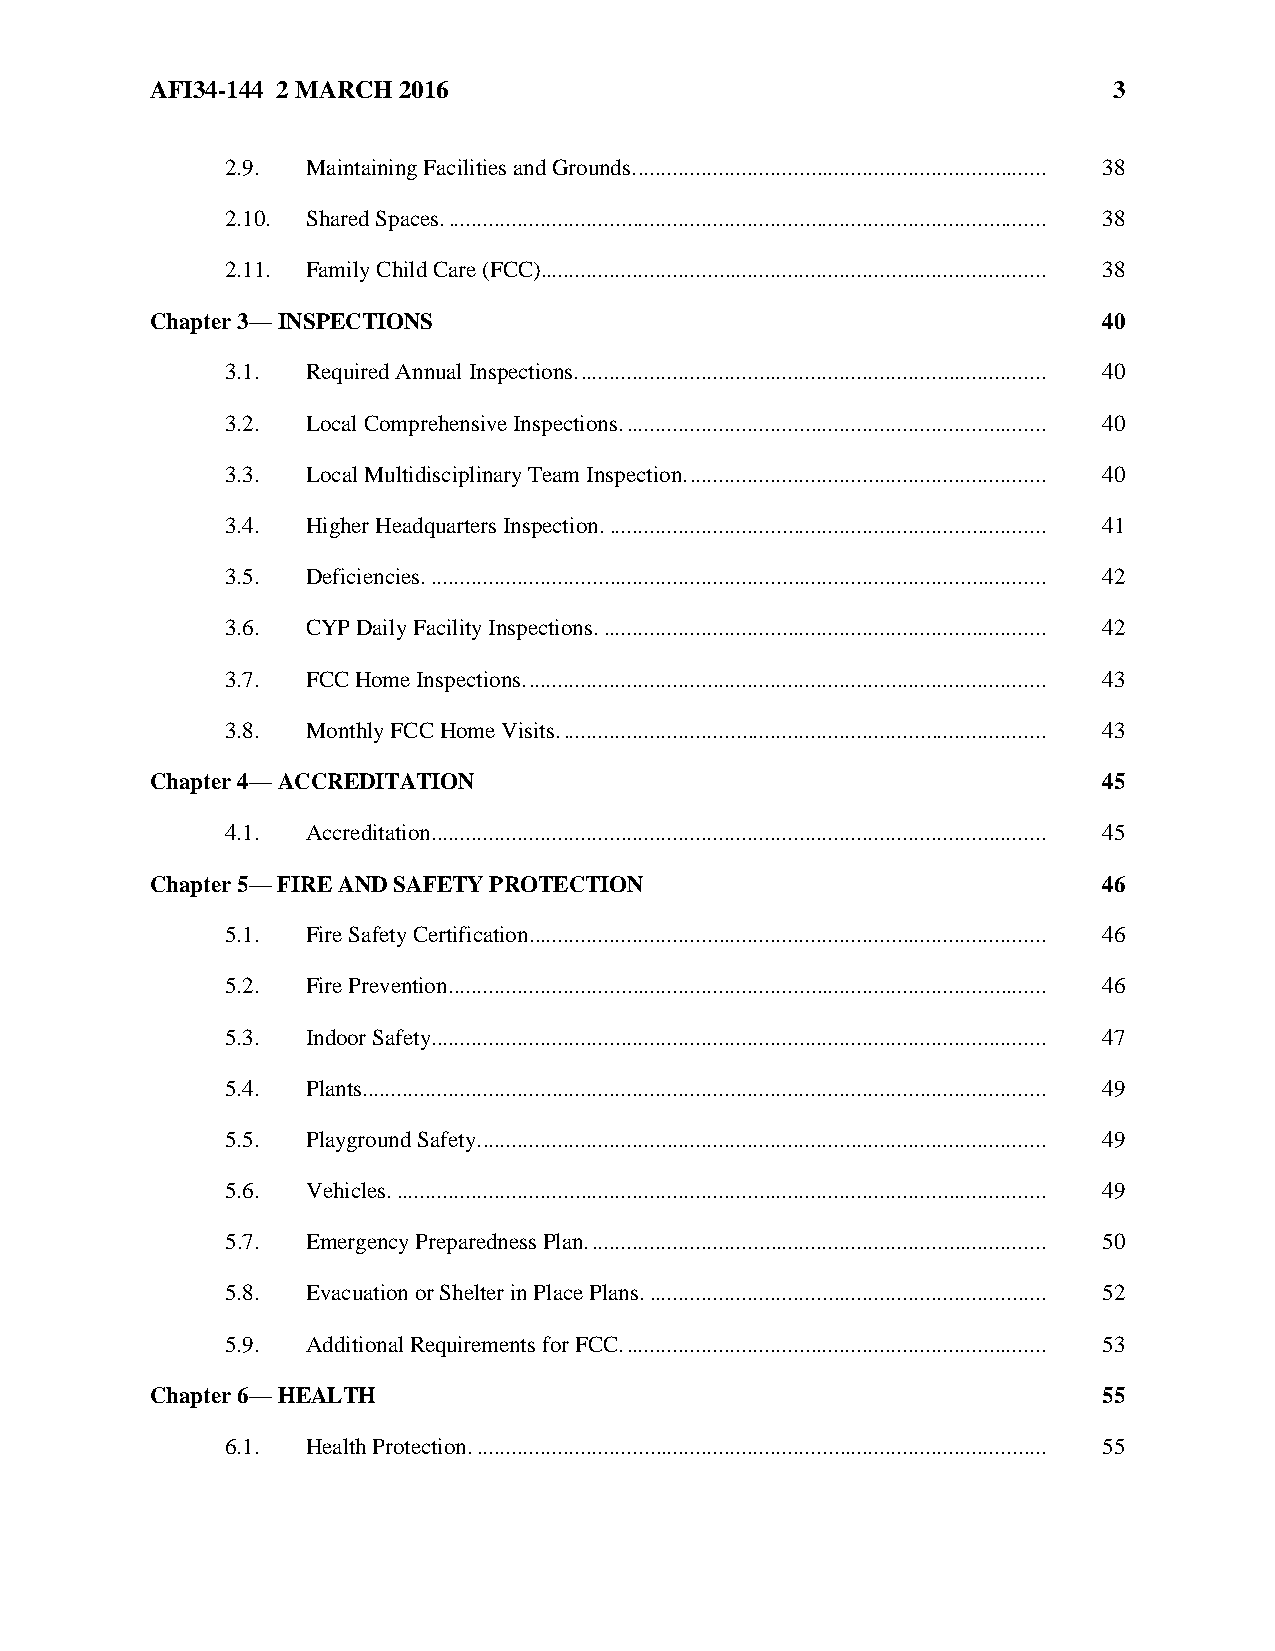
AFI34-144 2 MARCH 2016                                          3
 2.9. Maintaining Facilities and Grounds. ....................................................................... 38
 2.10. Shared Spaces. ........................................................................................................ 38
 2.11. Family Child Care (FCC)........................................................................................ 38
 Chapter 3— INSPECTIONS                                         40
 3.1. Required Annual Inspections. ................................................................................. 40
 3.2. Local Comprehensive Inspections. ......................................................................... 40
 3.3. Local Multidisciplinary Team Inspection. .............................................................. 40
 3.4. Higher Headquarters Inspection. ............................................................................ 41
 3.5. Deficiencies. ........................................................................................................... 42
 3.6. CYP Daily Facility Inspections. ............................................................................. 42
 3.7. FCC Home Inspections. .......................................................................................... 43
 3.8. Monthly FCC Home Visits. .................................................................................... 43
 Chapter 4— ACCREDITATION                                       45
 4.1. Accreditation. .......................................................................................................... 45
 Chapter 5— FIRE AND SAFETY PROTECTION                          46
 5.1. Fire Safety Certification. ......................................................................................... 46
 5.2. Fire Prevention. ....................................................................................................... 46
 5.3. Indoor Safety. .......................................................................................................... 47
 5.4. Plants. ...................................................................................................................... 49
 5.5. Playground Safety. .................................................................................................. 49
 5.6. Vehicles. ................................................................................................................. 49
 5.7. Emergency Preparedness Plan. ............................................................................... 50
 5.8. Evacuation or Shelter in Place Plans. ..................................................................... 52
 5.9. Additional Requirements for FCC. ......................................................................... 53
 Chapter 6— HEALTH                                              55
 6.1. Health Protection. ................................................................................................... 55